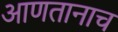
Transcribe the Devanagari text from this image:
आणतानाच